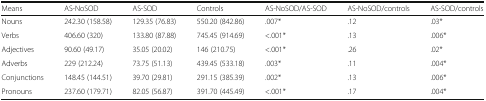
<table><thead><tr><td><b>Means</b></td><td><b>AS-NoSOD</b></td><td><b>AS-SOD</b></td><td><b>Controls</b></td><td><b>AS-NoSOD/AS-SOD</b></td><td><b>AS-NoSOD/controls</b></td><td><b>AS-SOD/controls</b></td></tr></thead><tbody><tr><td>Nouns</td><td>242.30 (158.58)</td><td>129.35 (76.83)</td><td>550.20 (842.86)</td><td>.007*</td><td>.12</td><td>.03*</td></tr><tr><td>Verbs</td><td>406.60 (320)</td><td>133.80 (87.88)</td><td>745.45 (914.69)</td><td>&lt;.001*</td><td>.13</td><td>.006*</td></tr><tr><td>Adjectives</td><td>90.60 (49.17)</td><td>35.05 (20.02)</td><td>146 (210.75)</td><td>&lt;.001*</td><td>.26</td><td>.02*</td></tr><tr><td>Adverbs</td><td>229 (212.24)</td><td>73.75 (51.13)</td><td>439.45 (533.18)</td><td>.003*</td><td>.11</td><td>.004*</td></tr><tr><td>Conjunctions</td><td>148.45 (144.51)</td><td>39.70 (29.81)</td><td>291.15 (385.39)</td><td>.002*</td><td>.13</td><td>.006*</td></tr><tr><td>Pronouns</td><td>237.60 (179.71)</td><td>82.05 (56.87)</td><td>391.70 (445.49)</td><td>&lt;.001*</td><td>.17</td><td>.004*</td></tr></tbody></table>